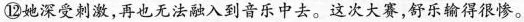
深受剑激，再也无法融入到音乐中去。这次大赛，舒乐输得很惨。